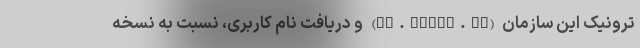
ترونیک این سازمان (ep.tamin.ir) و دریافت نام کاربری، نسبت به نسخه